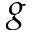
\boldsymbol { g }